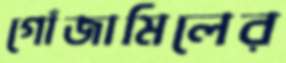
গোঁজামিলের